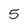
Character: 5